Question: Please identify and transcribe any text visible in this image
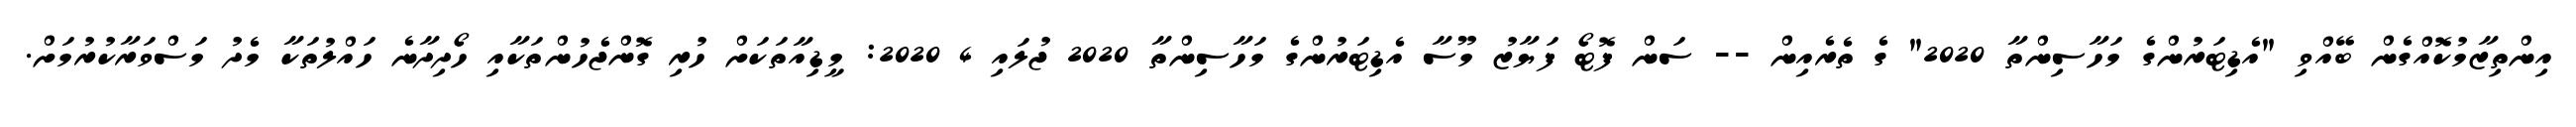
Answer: އިންތިޒާމުކޮއްގެން ބޭއްވި "އެޑިޓަރުންގެ މަހާސިންތާ 2020" ގެ ތެރެއިން -- ސަން ފޮޓޯ ފަޔާޒު މޫސާ އެޑިޓަރުންގެ މަހާސިންތާ 2020 ޖުލައި 4 2020: މީޑިއާތަކަށް ހުރި ގޮންޖެހުންތަކާއި ހޯދިދާނެ ހައްލުތަކާ މެދު މަސްވަރާކުރުމަށް.